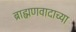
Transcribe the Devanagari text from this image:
ब्राह्मणवादाच्या